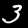
Label: 3